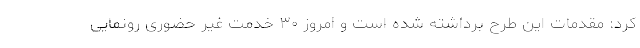
کرد: مقدمات این طرح برداشته شده است و امروز ۳۰ خدمت غیر حضوری رونمایی